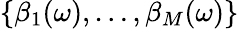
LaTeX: \{ \beta_{1}(\omega),\dots,\beta_{M}(\omega)\}